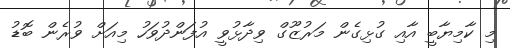
މި ކާމިޔާބީ އާއި ގުޅިގެން މަރުޒޫގް ވިދާޅުވީ އުފަންދުވަހު މިއަށް ވުރެން ބޮޑު